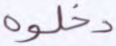
دخلوه